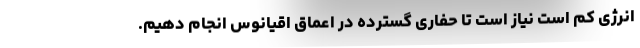
انرژی کم است نیاز است تا حفاری گسترده در اعماق اقیانوس انجام دهیم.